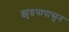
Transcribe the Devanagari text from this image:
झुडपापासून